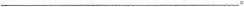
___。